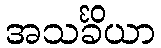
အသင်္ခိယာ